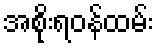
အစိုးရဝန်ထမ်း